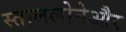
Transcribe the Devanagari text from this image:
स्ताललोनेऔर